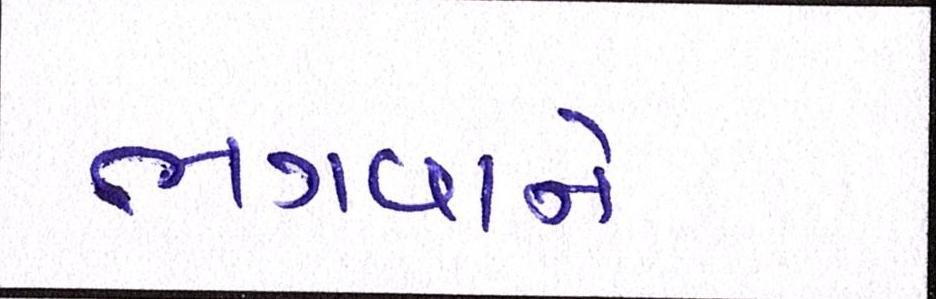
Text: ભગવાને